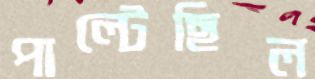
পাল্টেছিল